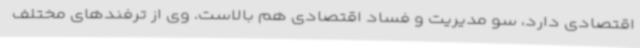
اقتصادی دارد، سو مدیریت و فساد اقتصادی هم بالاست. وی از ترفندهای مختلف